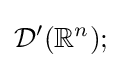
{\mathcal {D}}'(\mathbb {R} ^{n});